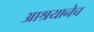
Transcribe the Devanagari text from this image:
आश्रयानेच